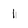
Character: 1